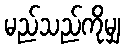
မည်သည်ကိုမျှ